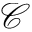
\mathcal { C }